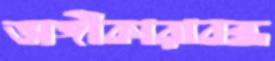
অঙ্গীকারাবব্ধ